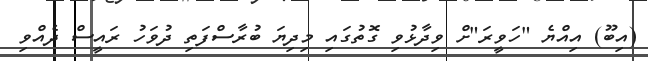
(އިބޫ) އިއްޔެ "ހަވީރަ"ށް ވިދާޅުވި ގޮތުގައި މިދިޔަ ބުރާސްފަތި ދުވަހު ރައީސް ދެއްވި